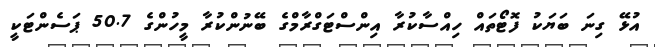
އުޅޭ ގިނަ ބަޔަކު ފޮޓޯތައް ހިއްސާކުރާ އިންސްޓަގްރާމްގެ ބޭނުންކުރާ މީހުންގެ 50.7 ޕަސެންޓަކީ